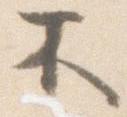
不